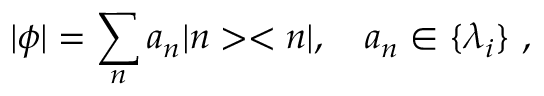
| \phi | = \sum _ { n } a _ { n } | n > < n | , \quad a _ { n } \in \{ \lambda _ { i } \} ~ ,